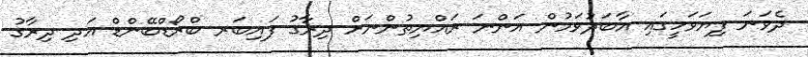
ދެވަނަ ފިޔަވަހީގައި އާބަދުވަމުން އަންނަ ރައްޔިތުންނަށް ދިރާގު ފައިބަރ ބްރޯޑްބޭންޑް އަދި ދިރާގު